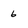
Character: 6